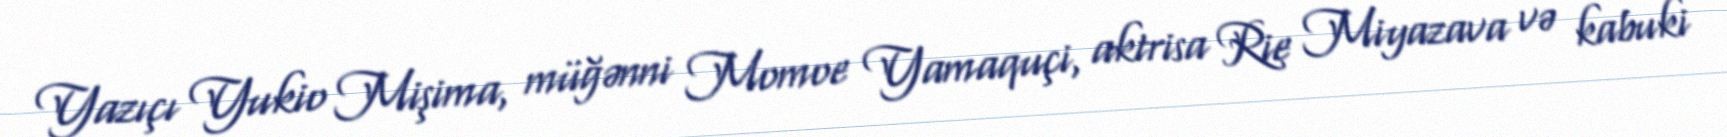
Yazıçı Yukio Mişima, müğənni Momoe Yamaquçi, aktrisa Rie Miyazava və kabuki